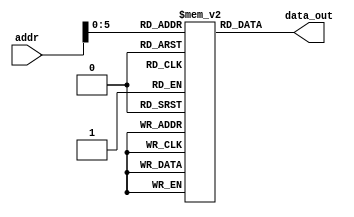
`timescale 1ns / 1ps
//////////////////////////////////////////////////////////////////////////////////
// Company: 
// Engineer: 
// 
// Design Name: 
// Module Name: instmem
// Project Name: 
// Target Devices: 
// Tool Versions: 
// Description: 
// 
// Dependencies: 
// 
// Revision:
// Revision 0.01 - File Created
// Additional Comments:
// 
//////////////////////////////////////////////////////////////////////////////////


module instmem (input [31:0] addr, output [31:0] data_out);
 reg [31:0] mem [0:63];
 assign data_out = mem[addr];
 initial begin 
// $readmemh ("./hex/tests1.hex",mem);
// kholy test program 
    mem[0]= 32'h0000c337; //0
    mem[1]= 32'h00001317; //4
    mem[2]= 32'h00000263; //8
    mem[3]= 32'h00001063; //12
    mem[4]= 32'h00604263; //16
    mem[5]= 32'h00605063;   // 20
    mem[6]= 32'hfe006ee3; //24
    mem[7]= 32'h00007463; //28
    mem[8]= 32'h00000013; //32
    mem[9]= 32'hfff00313; //36 addi t1, x0, -1
    mem[10]= 32'h0300413; //40 addi x8 x0 3 s0 = 3
//    mem[11]= 32'h00640023;
    mem[11]= 32'h00042303; //44 lw x6 0(x8)
    mem[12]= 32'h00041303; //48 lh x6 0(x8)
    mem[13]= 32'h00040303; //52 lb x6 0(x8)
    mem[14]= 32'h00044303; //56 lbu x6 0(x8)
    mem[15]= 32'h00045303; //60 lhu x6 0(x8)
    mem[16]= 32'h00642023; //64 sw x6 0(x8)
    mem[17]= 32'h00641223; //68 sh x6 4(x8)
    mem[18]= 32'h00640423; //72 sb x6 8(x8)
    mem[19]= 32'hfff00393; //76 addi x7 x0 -1
    mem[20]= 32'h0643a413; //80 slti x8 x7 100
    mem[21]= 32'h0643b413; //84 sltiu x8 x7 100
    // ahmed test program
    
//mem[0]= 32'h00400413 ;
//    mem[1]= 32'h008404b3 ;
//    mem[2]= 32'h40948533 ;
//    mem[3]= 32'h008495b3 ;
//    mem[4]= 32'h00852633 ;
//    mem[5]= 32'h008536b3 ;
//    mem[6]= 32'h40084f733 ;
//    mem[7]= 32'h0084e733;
//    mem[8]= 32'h00944733 ;
//    mem[9]= 32'h00200413 ;
//    mem[11]= 32'h4008757b3 ;
//    mem[10]= 32'h408757b3 ;
//    mem[12]= 32'h008000ef ;
//    mem[13]= 32'h01c0006f ;
//    mem[14]= 32'h0084e813 ;
//    mem[15]= 32'h0084f813;
   
//    mem[16]= 32'h00181813 ;
//    mem[17]= 32'h00185813 ;
//    mem[18]= 32'h40185813 ;
//    mem[20]= 32'h00008067 ;
//    mem[19] = 32'b00000000000100000000000001110011 ; // ebreak
//    mem[19]= 32'b00000000000000000000000001110011; // ecall
//    mem[19] = 32'b00000000000000000000000000001111; // fence



   
     
end

endmodule